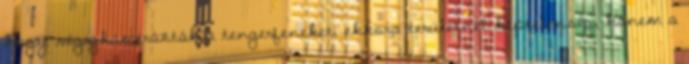
hogy végigkamerázták a tengerfeneket, ekkora területnél képtelenség, hanem a